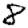
Digit: 8